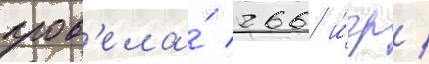
пров'ела́ 266 и́гр /